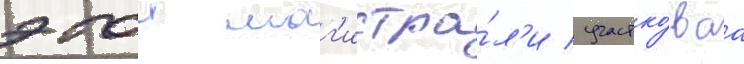
этои маг'истра́л'и / участко́ваа